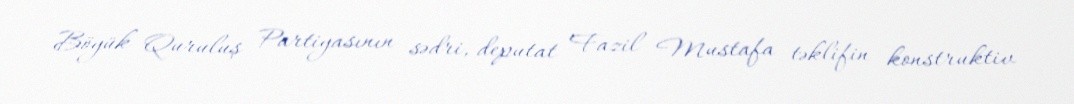
Böyük Quruluş Partiyasının sədri, deputat Fazil Mustafa təklifin konstruktiv